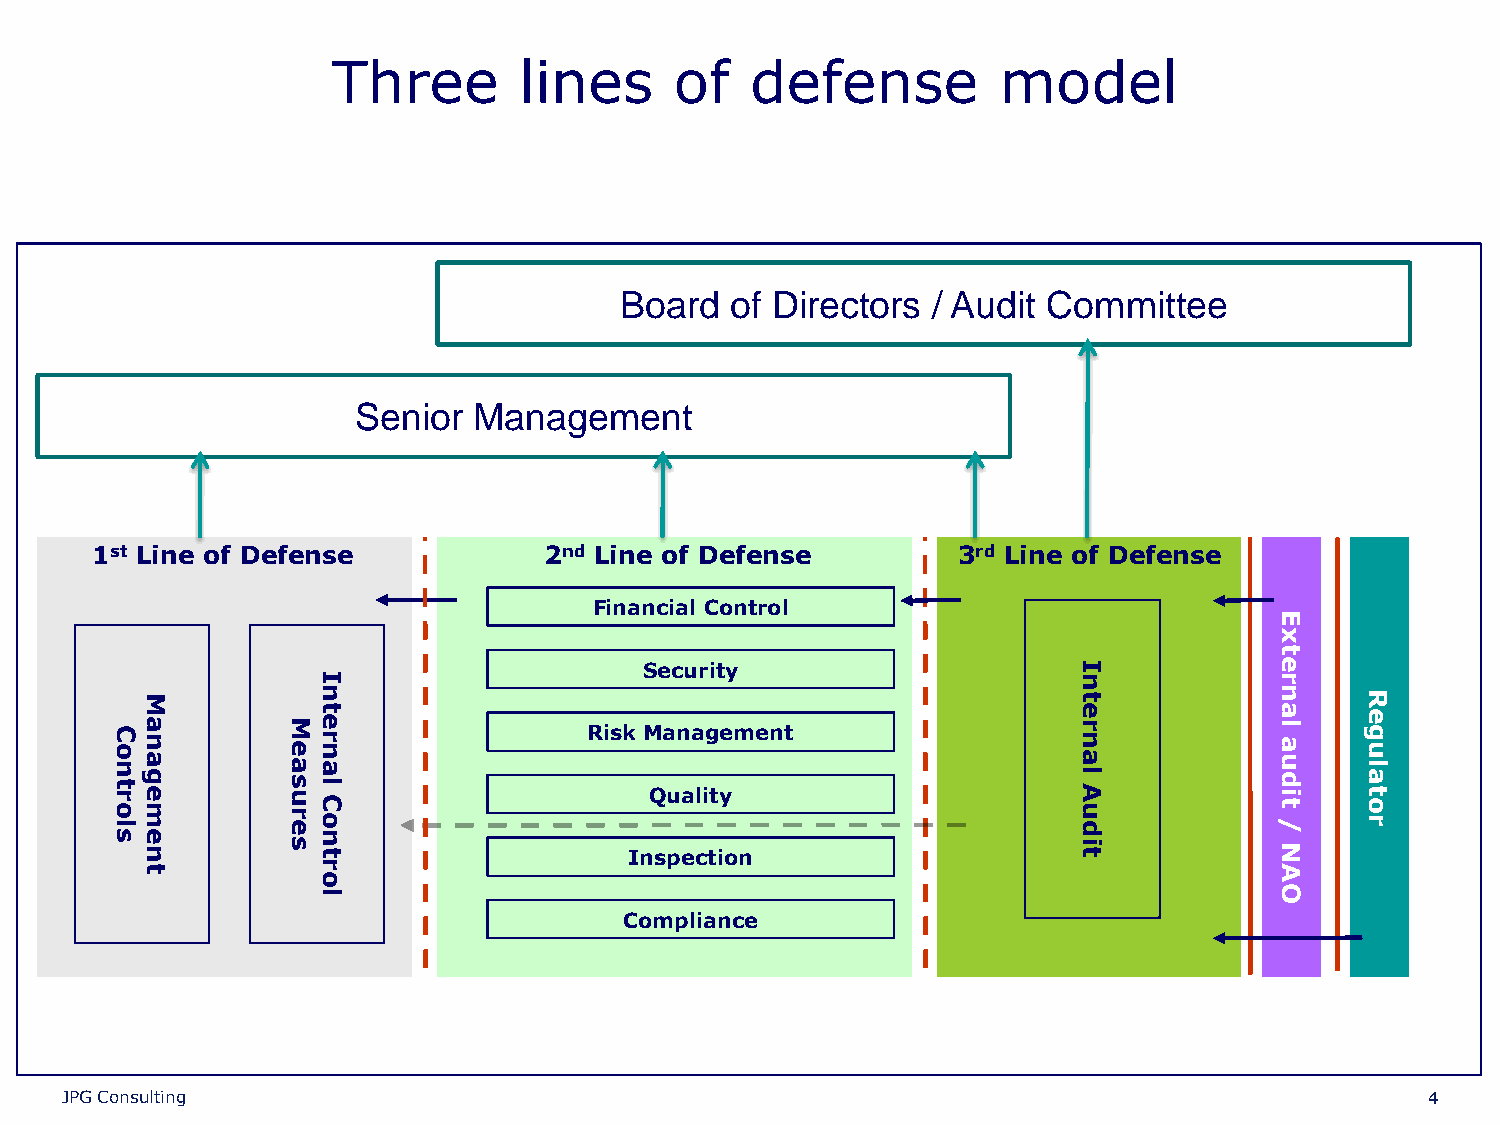
Three       lines      of   defense         model
 Board  of Directors  / Audit Committee
 Senior Management
 1st Line of Defense           2nd Line of Defense        3rd Line of Defense
 Financial Control
 E
 x
 t
 Security                    I             e
 I                                                 n             r
 M           n                                                 t             n    R
 oC
 na        eM
 nret
 Risk Management
 nre
 a
 la   uge
 slortn nemega serusa
 tnoC
 la
 InQ spu ea cli tt iy
 o n
 tiduA
 la
 N
 /
 tidu rotal
 t           r                                                               A
 o
 l                                                               O
 Compliance
 JPG Consulting                                                                             4